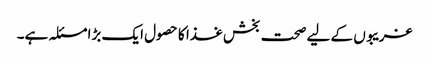
غریبوں کے لیے صحت بخش غذا کا حصول ایک بڑا مسئلہ ہے۔